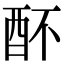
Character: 𨟷